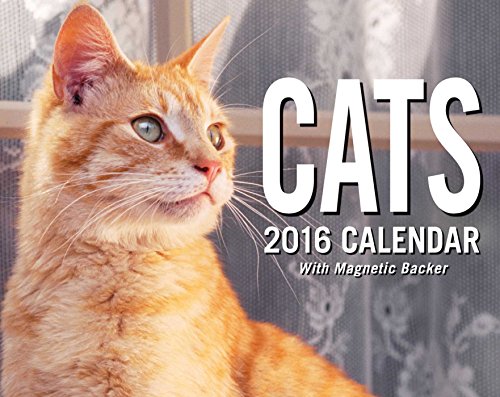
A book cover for Cats 2016 Mini Day-to-Day Calendar; Andrews McMeel Publishing LLC; Calendars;